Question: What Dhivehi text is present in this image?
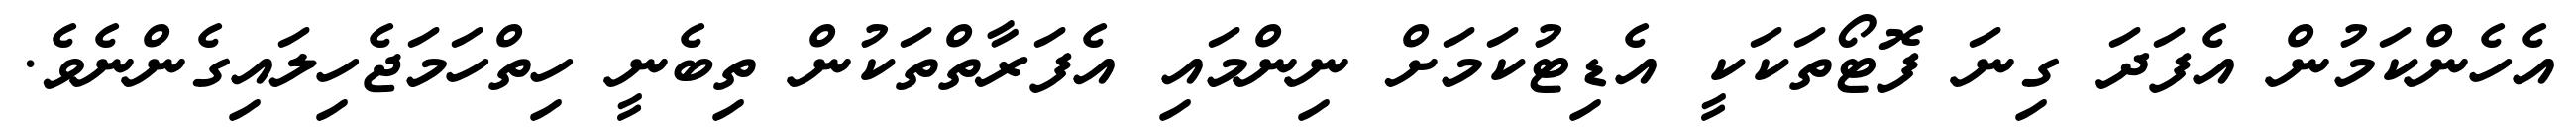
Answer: އެހެންކަމުން އެފަދަ ގިނަ ފޮޓޯތަކަކީ އެޑިޓުކަމަށް ނިންމައި އެފަރާތްތަކުން ތިބެނީ ހިތްހަމަޖެހިލައިގެންނެވެ.